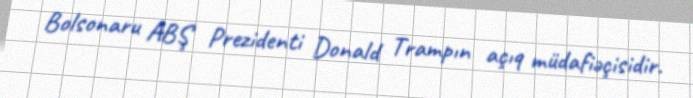
Bolsonaru ABŞ Prezidenti Donald Trampın açıq müdafiəçisidir.